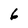
Character: 6